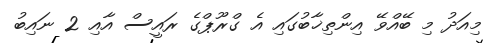
މިއަދު މި ބޭއްވޭ އިންތިޚާބުގައި އެ ގްރޫޕްގެ ރައީސް އާއި 2 ނައިބު